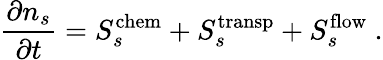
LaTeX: \frac{\partial n_{s}}{\partial t}=S_{s}^{\mathrm{chem}}+S_{s}^{\mathrm{transp}}+S_{s}^{\mathrm{flow}}\ .